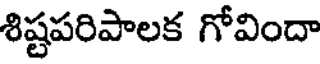
శిష్టపరిపాలక గోవిందా